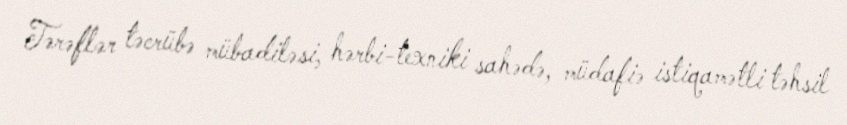
Tərəflər təcrübə mübadiləsi, hərbi-texniki sahədə, müdafiə istiqamətli təhsil